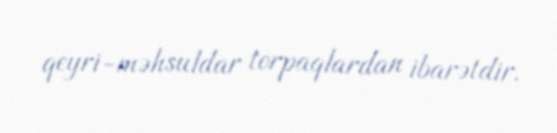
qeyri-məhsuldar torpaqlardan ibarətdir.